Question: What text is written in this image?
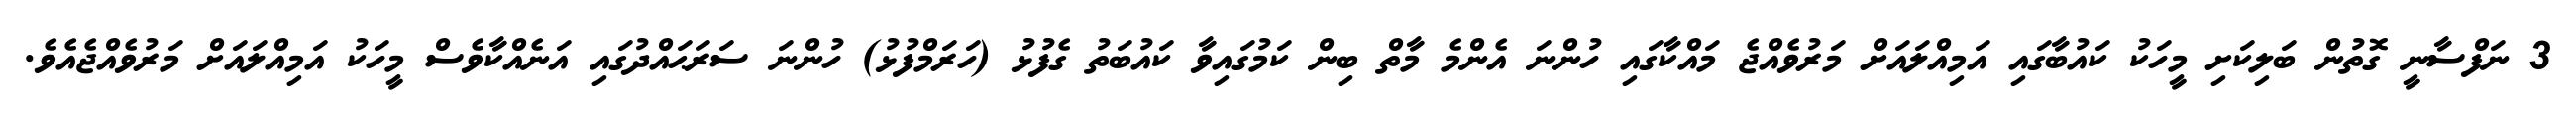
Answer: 3 ނަފްސާނީ ގޮތުން ބަލިކަށި މީހަކު ކައުބާގައި އަމިއްލައަށް މަރުވެއްޖެ މައްކާގައި ހުންނަ އެންމެ މާތް ބިން ކަމުގައިވާ ކައުބަތު ގެފުޅު (ހަރަމްފުޅު) ހުންނަ ސަރަޙައްދުގައި އަނެއްކާވެސް މީހަކު އަމިއްލައަށް މަރުވެއްޖެއެވެ.